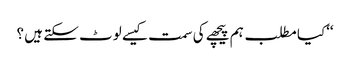
‘‘کیا مطلب ہم پیچھے کی سمت کیسے لوٹ سکتے ہیں ؟